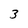
Character: 3